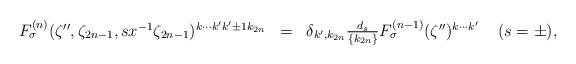
LaTeX: \begin{align*}\begin{array}{rcl}F_{\sigma}^{(n)} (\zeta'', \zeta_{2n-1}, sx^{-1}\zeta_{2n-1})^{k\cdots k' k'\pm 1 k_{2n}} &=& \delta_{k',k_{2n}}\frac{d_s}{\{k_{2n}\}} F_{\sigma}^{(n-1)} (\zeta'')^{k\cdots k'} \;\;\;\; (s=\pm ), \end{array}\end{align*}